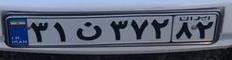
۳۱ن۳۷۲۸۲